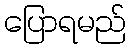
ပြောရမည်